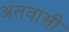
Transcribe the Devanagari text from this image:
अंतवासी